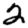
Digit: 2